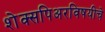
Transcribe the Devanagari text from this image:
शेक्सपिअरविषयीचे